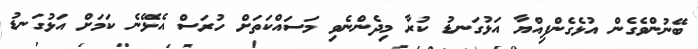
ބޭނުންވެގެން އުޅެގެންފިއްޔާ އަޅުގަނޑު ކުރާ މިދެންނެވި މަސައްކަތަށް ހުރަސް އެޅޭނެ ކަމަށް އަޅުގަނޑު